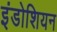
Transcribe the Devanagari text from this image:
इंडोशियन